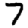
Digit: 7